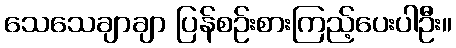
သေသေချာချာ ပြန်စဉ်းစားကြည့်ပေးပါဦး။